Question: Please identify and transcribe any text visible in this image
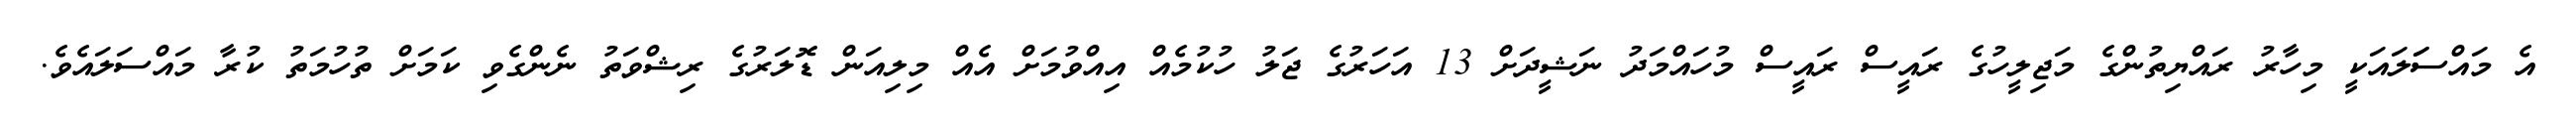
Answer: އެ މައްސަަލައަކީ މިހާރު ރައްޔިތުންގެ މަޖިލީހުގެ ރައީސް ރައީސް މުހައްމަދު ނަޝީދަށް 13 އަހަރުގެ ޖަލު ހުކުމެއް އިއްވުމަށް އެއް މިލިއަން ޑޮލަރުގެ ރިޝްވަތު ނެންގެވި ކަމަށް ތުހުމަތު ކުރާ މައްސަލައެވެ.